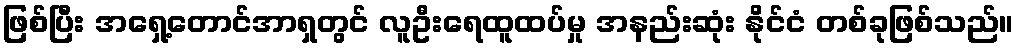
ဖြစ်ပြီး အရှေ့တောင်အာရှတွင် လူဦးရေထူထပ်မှု အနည်းဆုံး နိုင်ငံ တစ်ခုဖြစ်သည်။